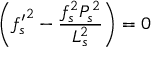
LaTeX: \biggl ( { f _ { s } ^ { \prime } } ^ { 2 } - \frac { f _ { s } ^ { 2 } P _ { s } ^ { 2 } } { L _ { s } ^ { 2 } } \biggr ) = 0